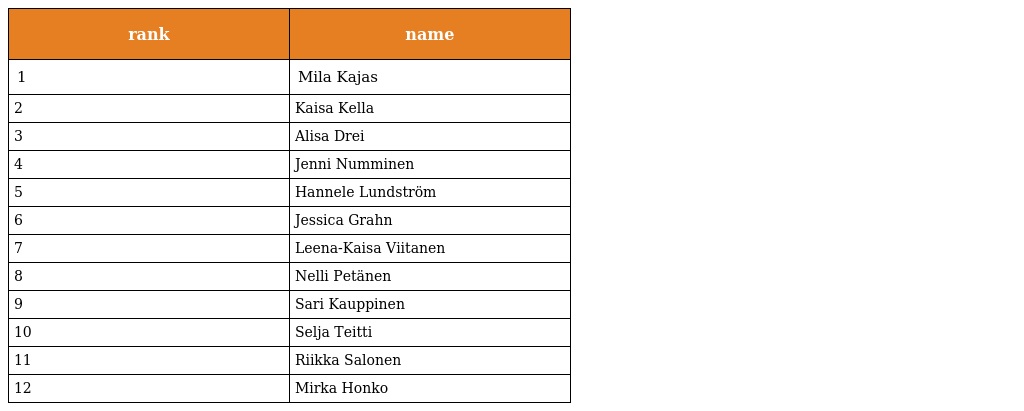
| rank | name |
 | --- | --- |
 | 1 | Mila Kajas |
 | 2 | Kaisa Kella |
 | 3 | Alisa Drei |
 | 4 | Jenni Numminen |
 | 5 | Hannele Lundström |
 | 6 | Jessica Grahn |
 | 7 | Leena-Kaisa Viitanen |
 | 8 | Nelli Petänen |
 | 9 | Sari Kauppinen |
 | 10 | Selja Teitti |
 | 11 | Riikka Salonen |
 | 12 | Mirka Honko |